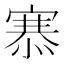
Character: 𢞝